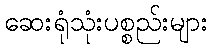
ဆေးရုံသုံးပစ္စည်းများ